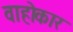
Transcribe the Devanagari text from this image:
वाहोकार